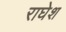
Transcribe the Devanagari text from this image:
राघेश